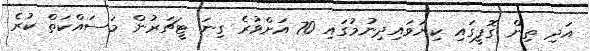
އަދި ތިން ގޮފީގައި ކިޔަވައިދިނުމުގައި 70 އަށްވުރެ ގިނަ ޓީޗަރުން މަސައްކަތް ކުރެ